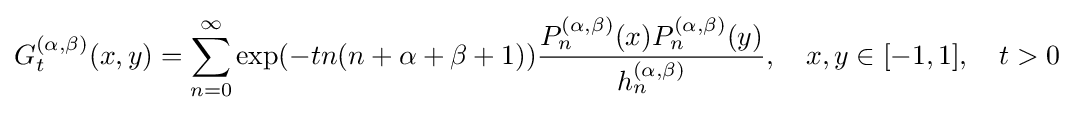
G_{t}^{(\alpha ,\beta )}(x,y)=\sum _{n=0}^{\infty }\exp(-tn(n+\alpha +\beta +1)){\frac {P_{n}^{(\alpha ,\beta )}(x)P_{n}^{(\alpha ,\beta )}(y)}{h_{n}^{(\alpha ,\beta )}}},\quad x,y\in [-1,1],\quad t>0